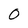
Character: O